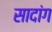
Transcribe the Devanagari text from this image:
सादांग